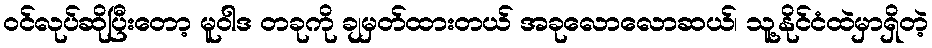
ဝင်လုပ်ဆိုပြီးတော့ မူဝါဒ တခုကို ချမှတ်ထားတယ် အခုလောလောဆယ်၊ သူ့နိုင်ငံထဲမှာရှိတဲ့